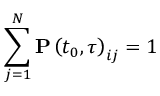
\sum _ { j = 1 } ^ { N } \mathbf { P } \left( t _ { 0 } , \tau \right) _ { i j } = 1